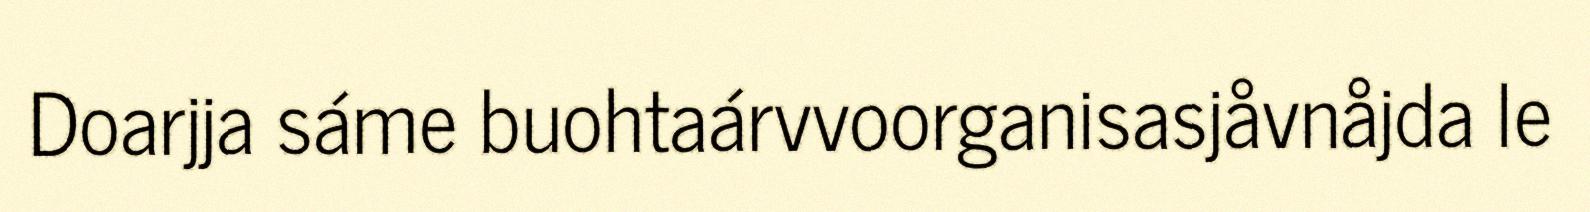
Doarjja sáme buohtaárvvoorganisasjåvnåjda le